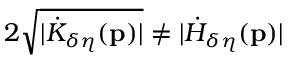
2 \sqrt { \vert \dot { K } _ { \delta \eta } ( \mathbf { p } ) \vert } \neq \vert \dot { H } _ { \delta \eta } ( \mathbf { p } ) \vert